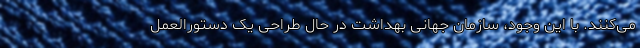
می‌کنند. با این وجود، سازمان جهانی بهداشت در حال طراحی یک دستورالعمل